Senior Leaving Certificate Examination (including Day School Certificate (Higher) General paper), 1948
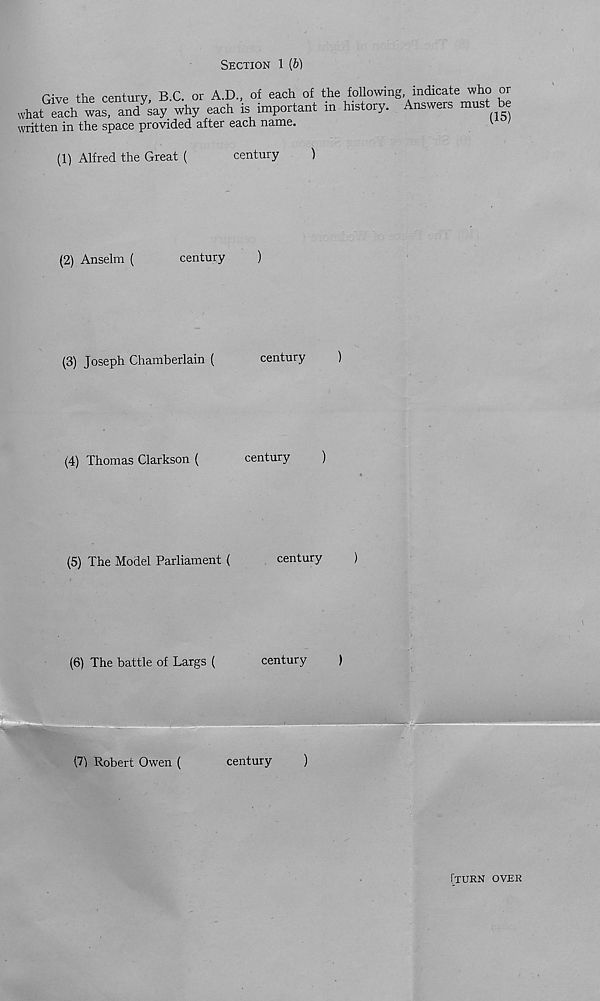
SECTION 1 {b)
rivp the century B C. or A.D., of each of the following, indicate who or
what rach“anTsay why each is important in history. Answers must
written in the space provided after each name.
v
(1)
Alfred the Great (
century
)
(2)
Anselm (
century
)
(3)
Joseph Chamberlain (
century
)
(4)
Thomas Clarkson (
century
)
(5)
The Model Parliament (
century
)
(6)
The battle of Largs (
century
)
(71 Robert Owen (
century
)
ITURN OVER